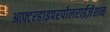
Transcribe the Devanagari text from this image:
आफ्टरहाइपरपोलराईज़ेशन